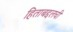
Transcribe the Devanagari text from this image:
हिताबद्दलची